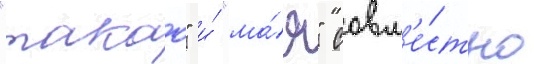
"такао" и́ "ма́я" совм'е́стно